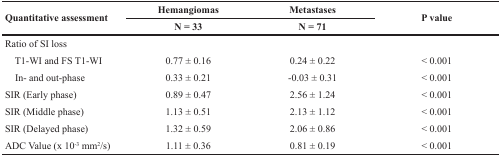
| <ROWSPAN=2> Quantitative assessment | Hemangiomas | Metastases | <ROWSPAN=2> P value |
 | N = 33 | N = 71 |
 | --- | --- | --- | --- |
 | Ratio of SI loss |  |  |  |
 | T1-WI and FS T1-WI | 0.77 ± 0.16 | 0.24 ± 0.22 | < 0.001 |
 | In- and out-phase | 0.33 ± 0.21 | -0.03 ± 0.31 | < 0.001 |
 | SIR (Early phase) | 0.89 ± 0.47 | 2.56 ± 1.24 | < 0.001 |
 | SIR (Middle phase) | 1.13 ± 0.51 | 2.13 ± 1.12 | < 0.001 |
 | SIR (Delayed phase) | 1.32 ± 0.59 | 2.06 ± 0.86 | < 0.001 |
 | ADC Value (x 10-3 mm2/s) | 1.11 ± 0.36 | 0.81 ± 0.19 | < 0.001 |